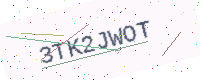
Text: 3TK2JWOT